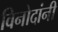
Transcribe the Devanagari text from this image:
विनोदांनी